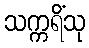
သက္ကရိံသု